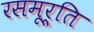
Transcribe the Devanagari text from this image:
रसमूर्ति